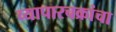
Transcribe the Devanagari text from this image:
व्यापारचक्रांचा